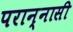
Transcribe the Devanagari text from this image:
परान्नासी